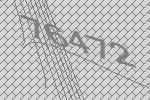
76472